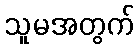
သူမအတွက်